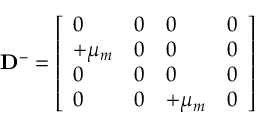
\mathbf { D } ^ { - } = \left[ \begin{array} { l l l l } { 0 } & { 0 } & { 0 } & { 0 } \\ { + \mu _ { m } } & { 0 } & { 0 } & { 0 } \\ { 0 } & { 0 } & { 0 } & { 0 } \\ { 0 } & { 0 } & { + \mu _ { m } } & { 0 } \end{array} \right]